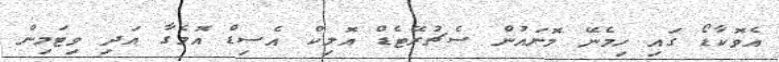
އެވޮކާޑޯ ގައި ހިމެނޭ މޮނައުން ސެޗުރޭޓެޑް އޮލިކް އެސިޑް އޮމެގާ އަދި ވިޓަމިން